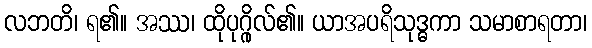
လဘတိ၊ ရ၏။ အဿ၊ ထိုပုဂ္ဂိုလ်၏။ ယာအပရိသုဒ္ဓကာ သမာစာရတာ၊